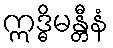
ဣဒ္ဓိမန္တီနံ